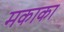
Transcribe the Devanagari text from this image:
मकाका